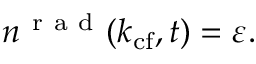
n ^ { \mathrm { ~ r ~ a ~ d ~ } } ( k _ { \mathrm { c f } } , t ) = \varepsilon .